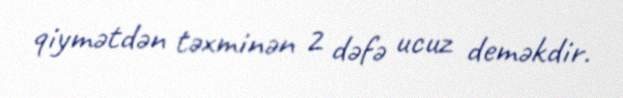
qiymətdən təxminən 2 dəfə ucuz deməkdir.